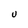
Character: U